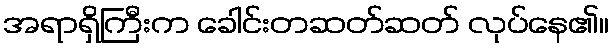
အရာရှိကြီးက ခေါင်းတဆတ်ဆတ် လုပ်နေ၏။